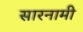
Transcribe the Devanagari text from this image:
सारनामी